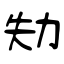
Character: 劮